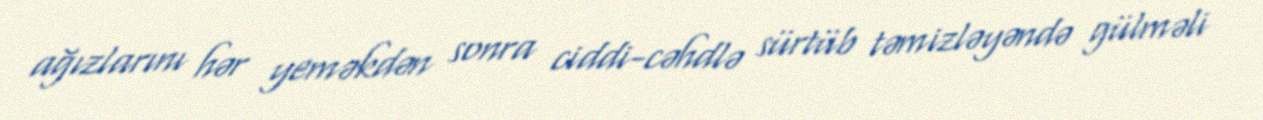
ağızlarını hər yeməkdən sonra ciddi-cəhdlə sürtüb təmizləyəndə gülməli